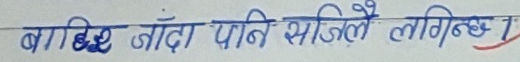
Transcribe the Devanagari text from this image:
बाठिँदा पनि सजिलै लगिन्छ।